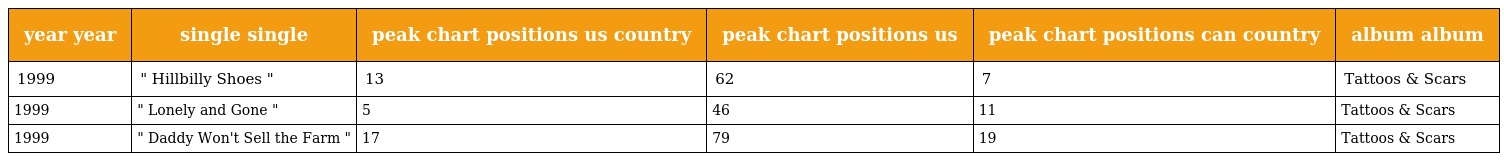
| year year | single single | peak chart positions us country | peak chart positions us | peak chart positions can country | album album |
 | --- | --- | --- | --- | --- | --- |
 | 1999 | " Hillbilly Shoes " | 13 | 62 | 7 | Tattoos & Scars |
 | 1999 | " Lonely and Gone " | 5 | 46 | 11 | Tattoos & Scars |
 | 1999 | " Daddy Won't Sell the Farm " | 17 | 79 | 19 | Tattoos & Scars |